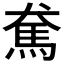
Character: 𩡷